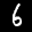
Label: 6